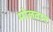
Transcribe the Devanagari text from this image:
मोलवान